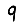
Digit: 9